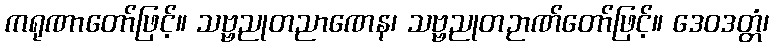
ကရုဏာတော်ဖြင့်။ သဗ္ဗညုတညာဏေန၊ သဗ္ဗညုတဉာဏ်တော်ဖြင့်။ ဒေဝဒတ္တံ၊